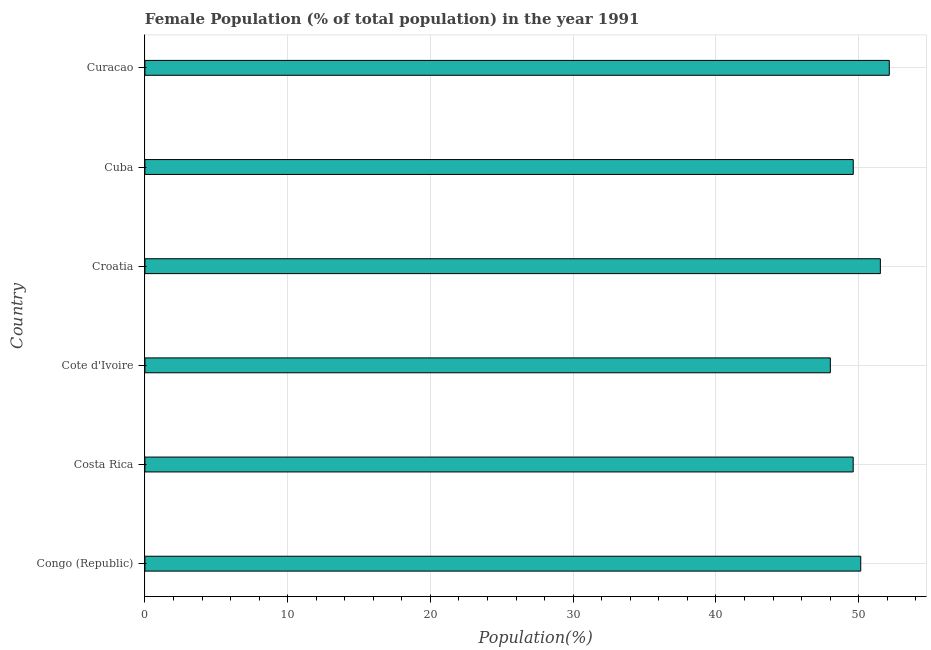
| Country | Female |
 | --- | --- |
 | Congo (Republic) | 50.1 |
 | Costa Rica | 49.6 |
 | Cote d'Ivoire | 48 |
 | Croatia | 51.5 |
 | Cuba | 49.6 |
 | Curacao | 52.1 |